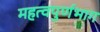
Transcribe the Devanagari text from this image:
महत्वपुर्णभाग